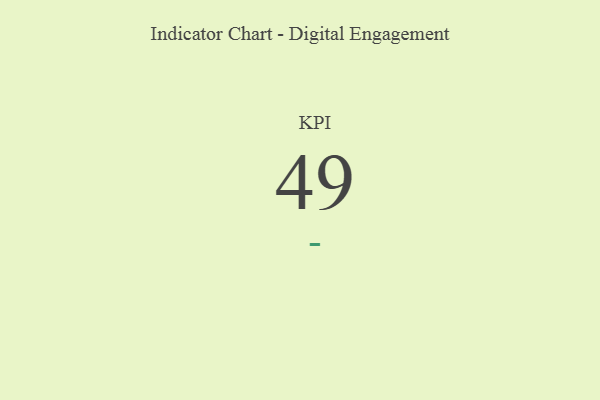
{"axis": {"x": "KPI", "y": "Value"}, "legend": [""], "data": [{"x": "KPI", "y": 49, "type": ""}]}